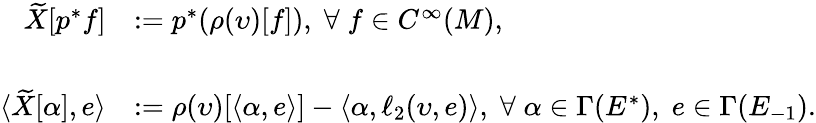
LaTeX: \begin{array}{rl}{\widetilde X[p^{*}f]}&{:=p^{*}(\rho(\upsilon)[f]),\; \forall\; f\in C^{\infty}(M),}\\ &{}\\ {\langle\widetilde X[\alpha],e\rangle}&{:=\rho(\upsilon)[\langle\alpha,e\rangle]-\langle\alpha,\ell_{2}(\upsilon,e)\rangle,\; \forall\; \alpha\in\Gamma(E^{*}),\; e\in\Gamma(E_{-1}).}\end{array}